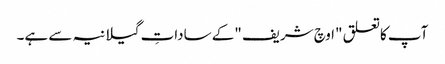
آپ کاتعلق "اوچ شریف "کے ساداتِ گیلانیہ سے ہے۔